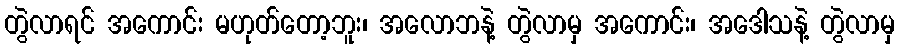
တွဲလာရင် အကောင်း မဟုတ်တော့ဘူး၊ အလောဘနဲ့ တွဲလာမှ အကောင်း၊ အဒေါသနဲ့ တွဲလာမှ